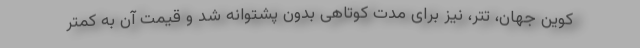
کوین جهان، تتر، نیز برای مدت کوتاهی بدون پشتوانه شد و قیمت آن به کمتر